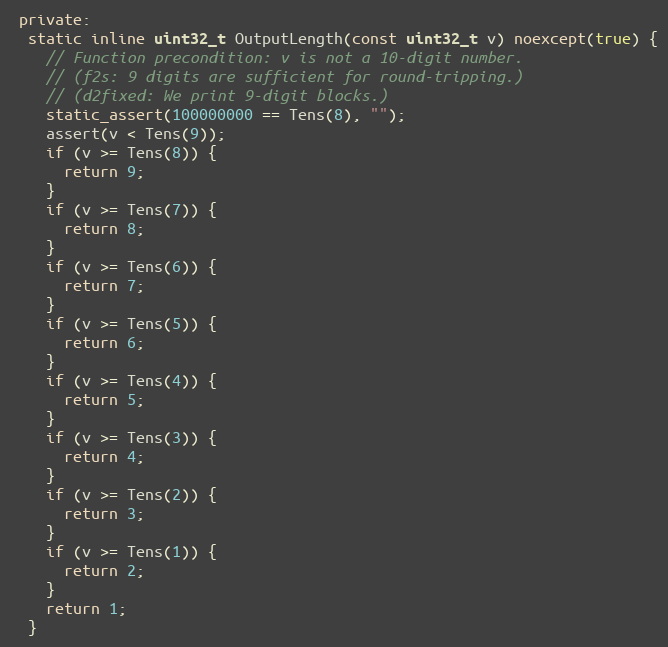
Language: C++
 private:
  static inline uint32_t OutputLength(const uint32_t v) noexcept(true) {
    // Function precondition: v is not a 10-digit number.
    // (f2s: 9 digits are sufficient for round-tripping.)
    // (d2fixed: We print 9-digit blocks.)
    static_assert(100000000 == Tens(8), "");
    assert(v < Tens(9));
    if (v >= Tens(8)) {
      return 9;
    }
    if (v >= Tens(7)) {
      return 8;
    }
    if (v >= Tens(6)) {
      return 7;
    }
    if (v >= Tens(5)) {
      return 6;
    }
    if (v >= Tens(4)) {
      return 5;
    }
    if (v >= Tens(3)) {
      return 4;
    }
    if (v >= Tens(2)) {
      return 3;
    }
    if (v >= Tens(1)) {
      return 2;
    }
    return 1;
  }